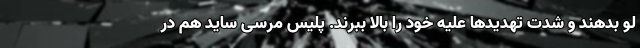
لو بدهند و شدت تهدیدها علیه خود را بالا ببرند. پلیس مرسی ساید هم در